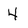
Character: 4